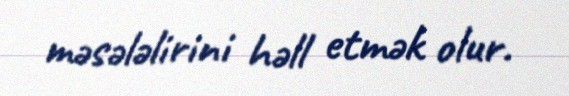
məsələlirini həll etmək olur.